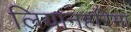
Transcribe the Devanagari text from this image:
लियानहरिमा